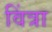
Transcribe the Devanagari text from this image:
विंत्रा